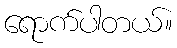
ရောက်ပါတယ်။